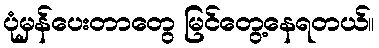
ပုံမှန်ပေးတာတွေ မြင်တွေ့နေရတယ်။